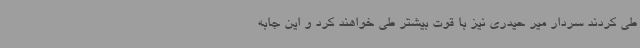
طی کردند سردار میر حیدری نیز با قوت بیشتر طی خواهند کرد و این جابه